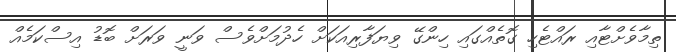
ތިމާވެށްޓާއި ރައްޓެހި ގޮތެއްގައި ހިންގޭ ވިޔަފާރިއަކަށް ހެދުމަށްވެސް ވަނީ ވަރަށް ބޮޑު އިސްކަމެއް